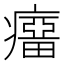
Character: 𰤆